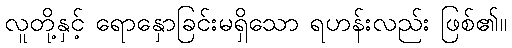
လူတို့နှင့် ရောနှောခြင်းမရှိသော ရဟန်းလည်း ဖြစ်၏။